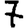
Digit: 7